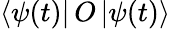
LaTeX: \mathinner{\langle{\psi(t)}|}O\mathinner{|{\psi(t)}\rangle}